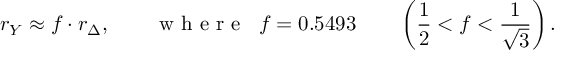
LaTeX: r _ { Y } \approx f \cdot r _ { \Delta } , \qquad \textrm { w h e r e } \; \; f = 0 . 5 4 9 3 \qquad \left( \frac { 1 } { 2 } < f < \frac { 1 } { \sqrt { 3 } } \right) .